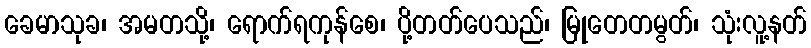
ခေမာသုခ၊ အမတသို့၊ ရောက်ရကုန်စေ၊ ပို့တတ်ပေသည်၊ မြုတေတမွတ်၊ သုံးလူ့နတ်